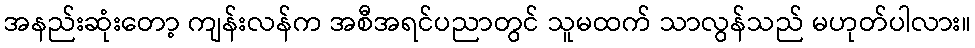
အနည်းဆုံးတော့ ကျန်းလန်က အစီအရင်ပညာတွင် သူမထက် သာလွန်သည် မဟုတ်ပါလား။